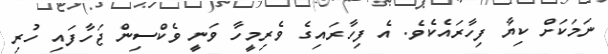
ނަމަކަށް ކިޔާ ފިހާރައެކެވެ. އެ ފިހާރައިގެ ވެރިމީހާ ވަނީ ވެކްސިން ޖަހާފައި ހުރި